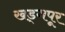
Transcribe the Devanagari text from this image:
खड्गपूर